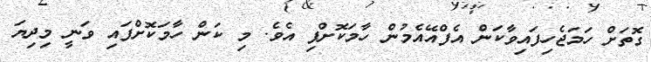
ގޮތަށް ހަމަޖެހިފައިވާކަން އެފްއޭއެމުން ހާމަކޮށްފި އެވެ. މި ކަން ހާމަކޮށްފައި ވަނީ މިދިޔަ